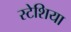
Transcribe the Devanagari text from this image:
स्टेशिया